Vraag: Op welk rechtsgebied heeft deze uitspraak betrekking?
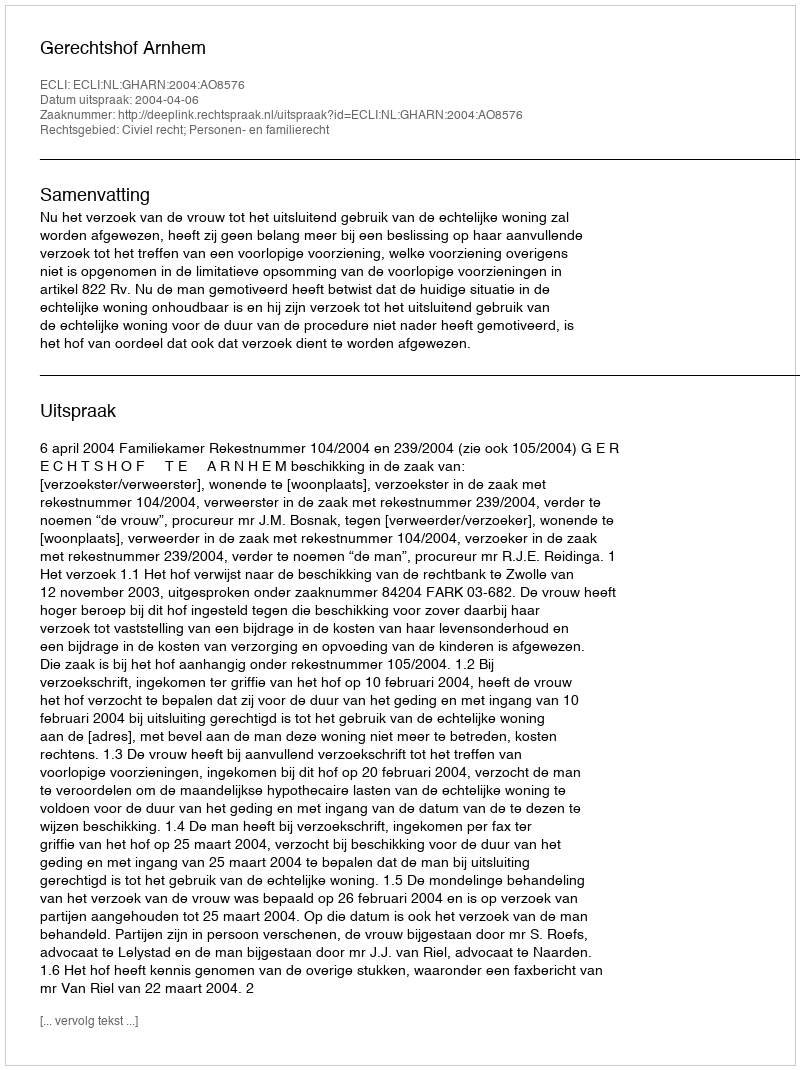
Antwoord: Civiel recht; Personen- en familierecht